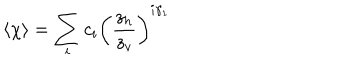
LaTeX: \langle \chi \rangle = \sum _ { i } c _ { i } \left( \frac { z _ { h } } { z _ { v } } \right) ^ { i \gamma _ { 1 } }